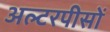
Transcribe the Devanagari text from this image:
अल्टरपीसों